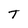
Character: T